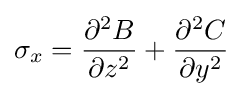
\sigma _{x}={\frac {\partial ^{2}B}{\partial z^{2}}}+{\frac {\partial ^{2}C}{\partial y^{2}}}